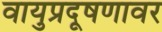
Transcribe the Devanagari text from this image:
वायुप्रदूषणावर